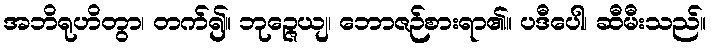
အဘိရုဟိတွာ၊ တက်၍။ ဘုဉ္ဇေယျ၊ ဘောဇဉ်စားရာ၏။ ပဒီပေါ၊ ဆီမီးသည်။